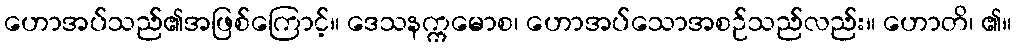
ဟောအပ်သည်၏အဖြစ်ကြောင့်။ ဒေသနက္ကမောစ၊ ဟောအပ်သောအစဉ်သည်လည်း။ ဟောတိ၊ ၏။